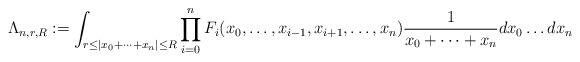
LaTeX: \begin{align*}\Lambda_{n,r,R} := \int_{r\leq |x_0+\dots + x_n| \leq R }\prod_{i=0}^{n} F_i(x_0,\dots,x_{i-1},x_{i+1},\dots,x_n)\frac{1}{x_0+\dots + x_n}dx_0 \dots dx_n\end{align*}